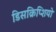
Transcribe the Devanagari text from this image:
डिसक्रिप्शियो